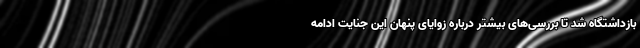
بازداشتگاه شد تا بررسی‌های بیشتر درباره زوایای پنهان این جنایت ادامه